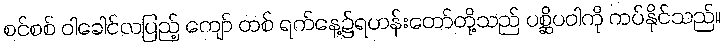
စင်စစ် ဝါခေါင်လပြည့် ကျော် တစ် ရက်နေ့၌ရဟန်းတော်တို့သည် ပစ္ဆိပဝါကို ကပ်နိုင်သည်။